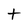
Character: t